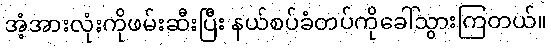
အံ့အားလုံးကိုဖမ်းဆီးပြီး နယ်စပ်ခံတပ်ကိုခေါ်သွားကြတယ်။